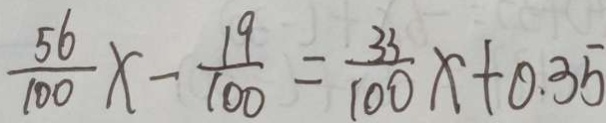
\frac { 5 6 } { 1 0 0 } x - \frac { 1 9 } { 1 0 0 } = \frac { 3 3 } { 1 0 0 } x + 0 . 3 5